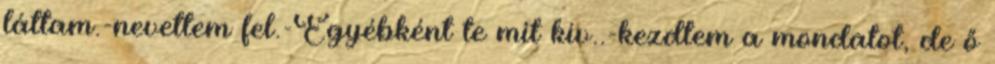
láttam.-nevettem fel.-Egyébként te mit kív..-kezdtem a mondatot, de ő